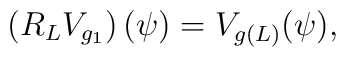
\left(R_L V_{g_1}\right)(\psi)=V_{g(L)}(\psi),